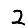
Digit: 2